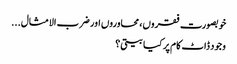
خوبصورت فقروں، محاوروں اور ضرب الامثال...
وجود ڈاٹ کام پر کیا بیتی؟